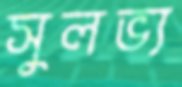
সুলভ্য